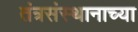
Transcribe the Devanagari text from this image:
तंत्रसंस्थानाच्या